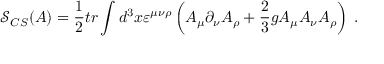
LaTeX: \mathcal { S } _ { C S } ( A ) = \frac 1 2 t r \int d ^ { 3 } x \varepsilon ^ { \mu \nu \rho } \left( A _ { \mu } \partial _ { \nu } A _ { \rho } + \frac 2 3 g A _ { \mu } A _ { \nu } A _ { \rho } \right) \; .